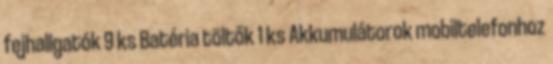
fejhallgatók 9 ks Batéria töltők 1 ks Akkumulátorok mobiltelefonhoz